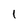
Character: 1